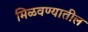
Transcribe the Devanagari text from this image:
मिळवण्यातील